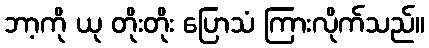
ဘာ့ကို ယု တိုးတိုး ပြောသံ ကြားလိုက်သည်။